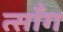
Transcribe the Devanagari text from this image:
त्साँग